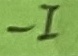
Text: -I